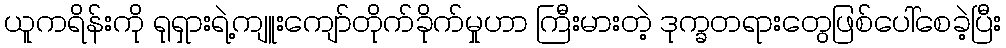
ယူကရိန်းကို ရုရှားရဲ့ကျူးကျော်တိုက်ခိုက်မှုဟာ ကြီးမားတဲ့ ဒုက္ခတရားတွေဖြစ်ပေါ်စေခဲ့ပြီး